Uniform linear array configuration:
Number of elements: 8
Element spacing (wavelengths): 0.25
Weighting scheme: kaiser
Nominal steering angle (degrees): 60
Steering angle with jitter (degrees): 60.93
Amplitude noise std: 0.05
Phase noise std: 0.05

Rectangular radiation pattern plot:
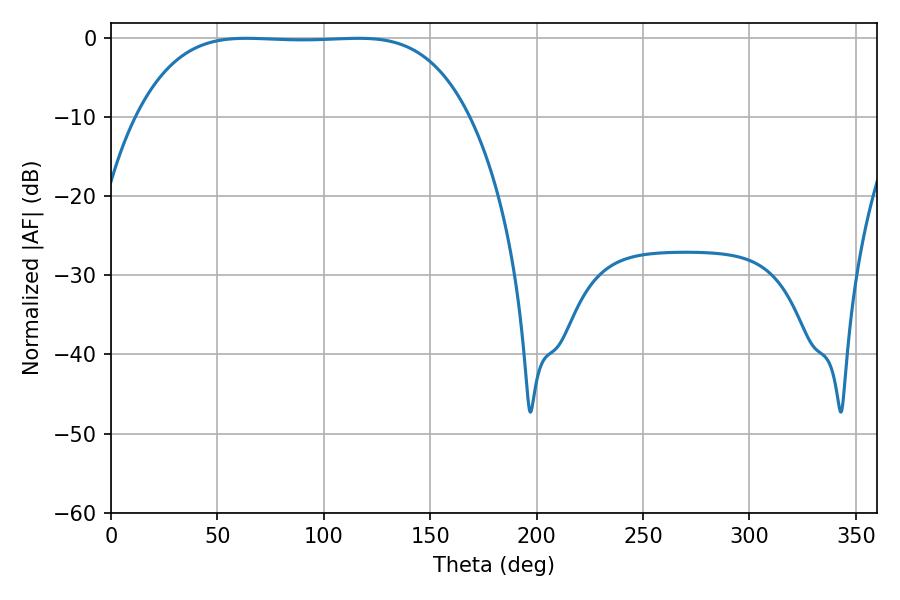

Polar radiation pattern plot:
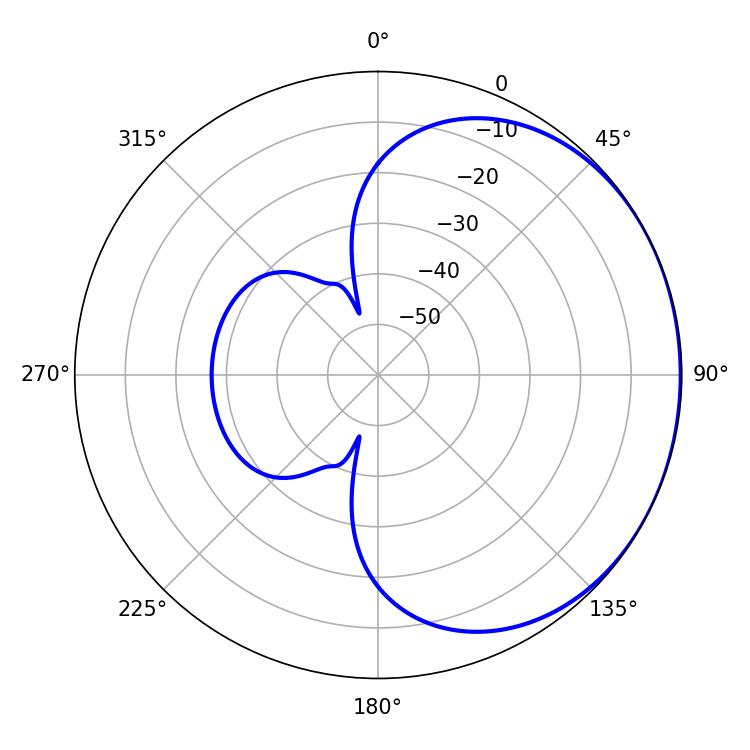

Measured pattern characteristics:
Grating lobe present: FALSE
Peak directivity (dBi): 0.7909
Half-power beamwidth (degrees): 120.24
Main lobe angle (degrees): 63.72